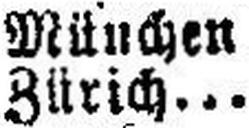
München